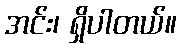
အင်း၊ ရှိပါတယ်။